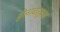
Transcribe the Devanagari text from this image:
होनाबार्बरा